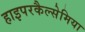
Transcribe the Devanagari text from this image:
हाइपरकैल्सेमिया